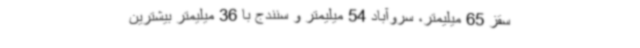
سقز 65 میلیمتر، سروآباد 54 میلیمتر و سنندج با 36 میلیمتر بیشترین